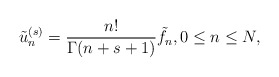
\begin{align*}\tilde{u}_n^{(s)} =\frac{n!}{\Gamma(n+s+1)}\tilde{f}_n,0\leq n \leq N,\end{align*}